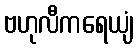
ဗဟုလီကရေယျံ